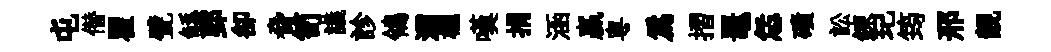
屯僣瞿甓鲧郢卻脅笥議診鴒灞櫳嘆捐涵贏粤爲摺鼉恁磧訟鍊玘筠邢靚